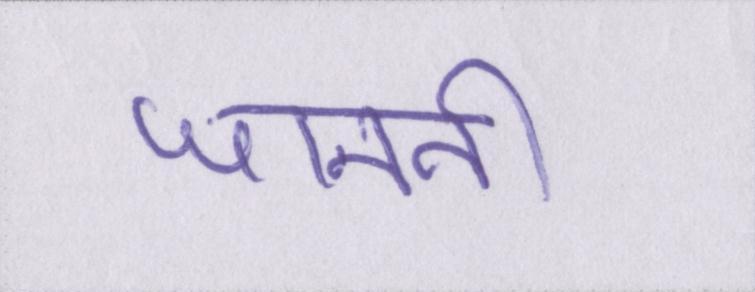
जाननी